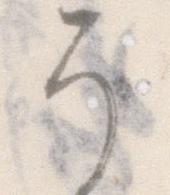
う